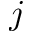
j